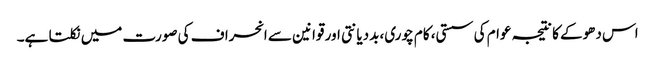
اس دھوکے کا نتیجہ عوام کی سستی، کام چوری، بددیانتی اور قوانین سے انحراف کی صورت میں نکلتا ہے۔